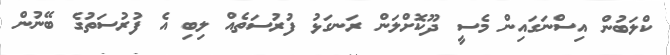
ކްލަބުން އިސްނަގައިން މެސީ ދޫކޮށްލަން ރަނގަޅު ފުރުސަތެއް ލިބި އެ ފުރުސަތުގެ ބޭނުން